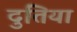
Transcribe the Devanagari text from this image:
दुतिया